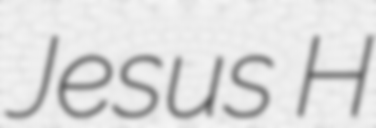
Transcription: Jesus H